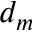
d _ { m }